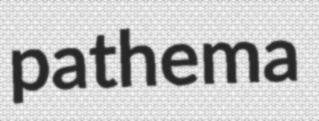
pathema